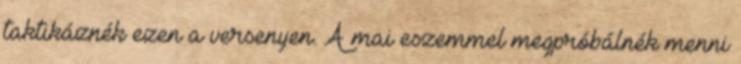
taktikáznék ezen a versenyen. A mai eszemmel megpróbálnék menni